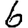
Digit: 6